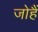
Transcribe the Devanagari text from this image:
जोहैं